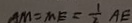
A M = M E = \frac { 1 } { 2 } A E